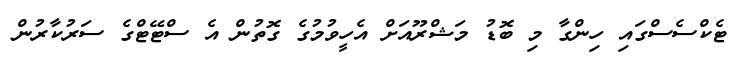
ޓެކްސެސްގައި ހިންގާ މި ބޮޑު މަޝްރޫއަށް އެހީވުމުގެ ގޮތުން އެ ސްޓޭޓްގެ ސަރުކާރުން